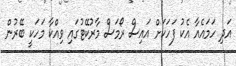
އަދި ހަމައެއާ އެކު ފަހަކަށް އައިސް ރޯމަސް މާރުކޭޓުގައި ވިއްކާ މަހަކީ ބޭރުން